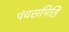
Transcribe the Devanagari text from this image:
पंचसमिति